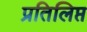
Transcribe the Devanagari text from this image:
प्रतिलिप्त